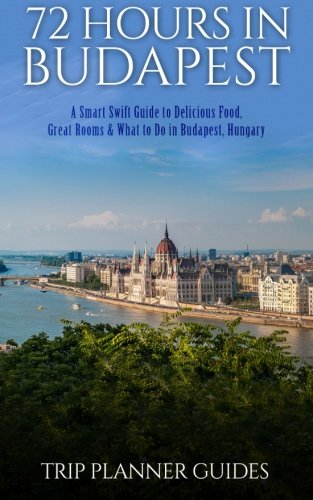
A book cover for Budapest: 72 Hours in Budapest -A Smart Swift Guide to Delicious Food, Great Rooms & What to Do in Budapest, Hungary. (Trip Planner Guides) (Volume 1); Trip Planner Guides; Travel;